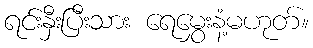
ရင်းနှီးပြီးသား ရေမွှေးနံ့မဟုတ်။